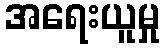
အရေးယူမှု